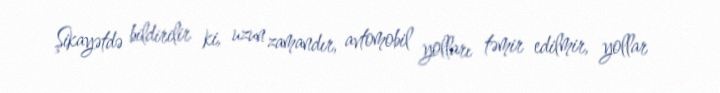
Şikayətdə bildirilir ki, uzun zamandır, avtomobil yolları təmir edilmir, yollar